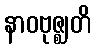
နာဝဗုဇ္ဈတိ